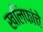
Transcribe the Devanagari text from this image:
खलिफांचे